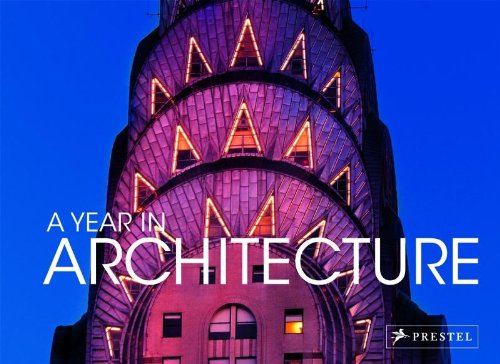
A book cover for A Year in Architecture; Claudia Stuble; Calendars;